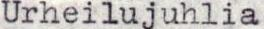
Urheilujuhlia